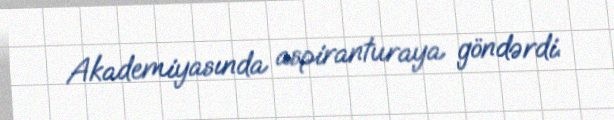
Akademiyasında aspiranturaya göndərdi.